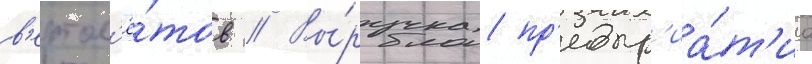
в'ертол'ё́тов // Вы́ручка пр'едпр'иа́т'иа